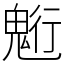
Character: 䰢